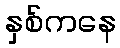
နှစ်ကနေ